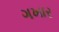
ગખાર